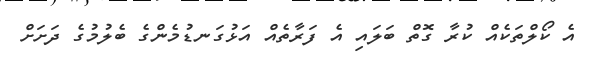
އެ ކޯލްތަކެއް ކުރާ ގޮތް ބަލައި އެ ފަރާތެއް އަޅުގަނޑުމެންގެ ބެލުމުގެ ދަށަށް